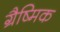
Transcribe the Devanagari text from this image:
ग्रैष्मिक